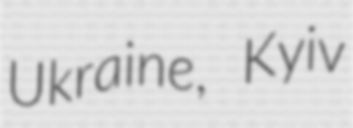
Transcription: Ukraine, Kyiv